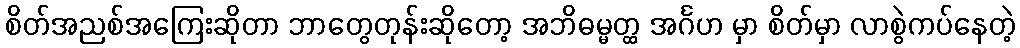
စိတ်အညစ်အကြေးဆိုတာ ဘာတွေတုန်းဆိုတော့ အဘိဓမ္မတ္ထ အင်္ဂဟ မှာ စိတ်မှာ လာစွဲကပ်နေတဲ့